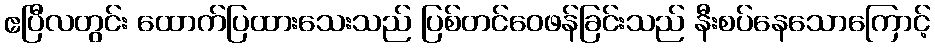
ဧပြီလတွင်း ထောက်ပြထားသေးသည် ပြစ်တင်ဝေဖန်ခြင်းသည် နီးစပ်နေသောကြောင့်